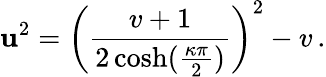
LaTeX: \mathbf{u}^{2}=\left(\frac{{v+1}}{{2\cosh(\frac{{\kappa\pi}}{{2}})}}\right)^{2}-v\, .